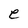
Character: e